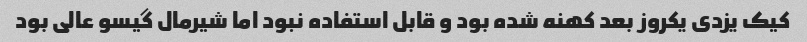
کیک یزدی یکروز بعد کهنه شده بود و قابل استفاده نبود اما شیرمال گیسو عالی بود